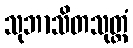
သုဘာသိတသုတ္တံ